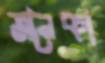
জনৈকা